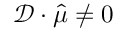
\mathcal { D } \cdot \hat { \mu } \neq 0